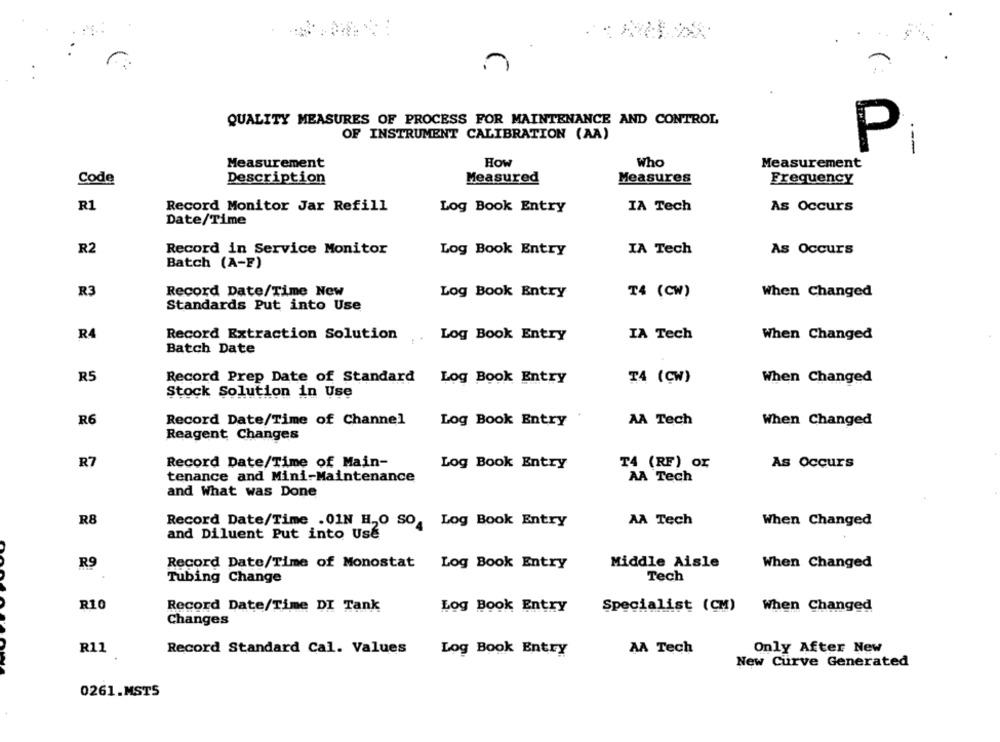
QUALITY MEASURES OF PROCESS FOR MAINTENANCE AND CONTROL
OF INSTRUMENT CALIBRATION (AA)
P
Measurement
How
Who
Measurement
Code
Description
Measures
Measured
Frequency
R1
Record Monitor Jar Refill
Log Book Entry
IA Tech
As Occurs
Date/Time
R2
Record in Service Monitor
Log Book Entry
IA Tech
As Occurs
Batch (A-F)
R3
Record Date/Time New
Log Book Entry
T4 (CW)
When Changed
Standards Put into Use
R4
Record Extraction Solution
..
Log Book Entry
IA Tech
When Changed
Batch Date
R5
T4 (CW)
When Changed
Record Prep Date of Standard Log Book Entry
Stock Solution in Use
R6
Record Date/Time of Channel
Log Book Entry
AA Tech
When Changed
Reagent Changes
R7
Record Date/Time of Main-
Log Book Entry
T4 (RF) Or
As Occurs
tenance and Mini-Maintenance
AA Tech
and What was Done
R8
Record Date/Time .01N H,O SO, Log Book Entry
AA Tech
When Changed
and Diluent Put into Use
Record Date/Time of Monostat Log Book Entry
Middle Aisle
When Changed
R9
Tubing Change
Tech
R10
Record Date/Time DI Tank
Log Book Entry
Specialist (CM) When Changed
Changes
R11
Record Standard Cal. Values
Log Book Entry
AA Tech
Only After New
New Curve Generated
0261.MST5